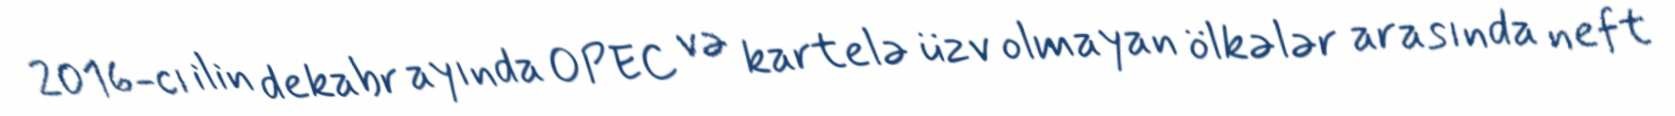
2016-cı ilin dekabr ayında OPEC və kartelə üzv olmayan ölkələr arasında neft